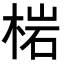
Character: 𭪦